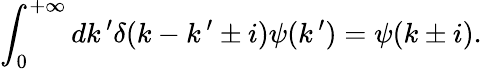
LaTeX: \int_{0}^{+\infty}dk\, ^{\prime}\delta(k-k\, ^{\prime}\pm i)\psi(k\, ^{\prime})=\psi(k\pm i).